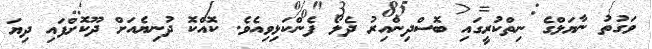
ވަގުތު ނާޔަލްގެ ނިތްކުރީގައި ބޮސްދިންއިރު ދެލޯ ފެންކަޅިވިއެވެ. ކޮއްކޮ ދުނިޔެއަށް ދޫކޮށްފައި ދިޔަ